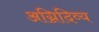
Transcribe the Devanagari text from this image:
अग्निदिव्य